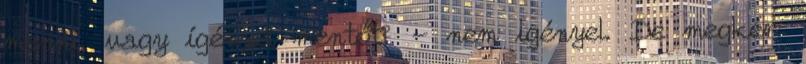
menni, vagy ígényel mentőt? - nem igényel. De megkér: